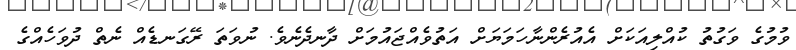
ވުމުގެ ވަގުތު ކުއްލިއަކަށް އެއުރެންނާހަމަޔަށް އަތުވެއްޖައުމަށް ދާނދެނެވެ. ނުވަތަ ރޭގަނޑެއް ނެތް ދުވަހެއްގެ